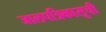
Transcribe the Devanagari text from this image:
जालपत्रिकासूची